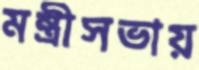
মন্ত্রীসভায়